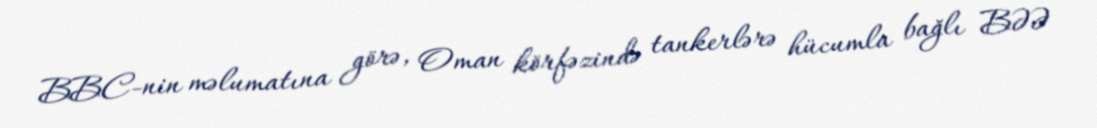
BBC-nin məlumatına görə, Oman körfəzində tankerlərə hücumla bağlı BƏƏ